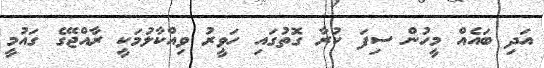
އަދި ބައެއް މީހުން ސިފަ ކުރާ ގޮތުގައި ހަވީރު ވިއްކާލުމަކީ ރާއްޖޭގެ ގައުމީ